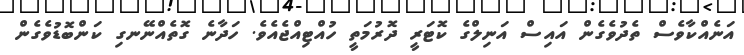
އަނެއްކާވެސް ތެދުވެގެން އައިސް އަނިލްގެ ކޮޓަރީ ދޮރުމަތީ ހުއްޓިއްޖެއެވެ. ހަދާނެ ގޮތެއްނޭނގި ކަންބޮޑުވެގެން